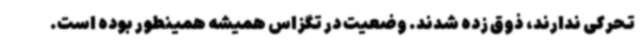
تحرکی ندارند، ذوق زده شدند. وضعیت در تگزاس همیشه همینطور بوده است.